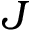
J